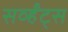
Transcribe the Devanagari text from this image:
सर्व्हंट्स